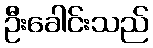
ဦးခေါင်းသည်